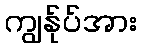
ကျွန်ုပ်အား